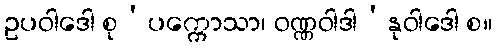
ဥပဝါဒေါ စု’ပက္ကောသာ၊ ဝဏ္ဏဝါဒါ’နုဝါဒေါ စ။